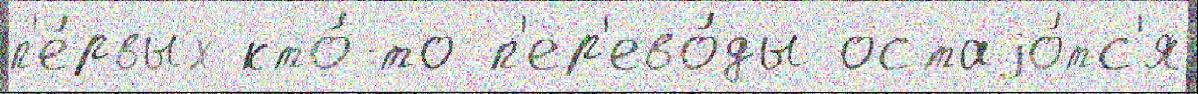
п'е́рвых кто́-то п'ер'ево́ды остаjо́тс'я